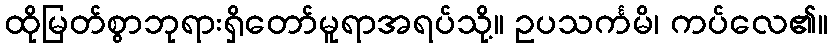
ထိုမြတ်စွာဘုရားရှိတော်မူရာအရပ်သို့။ ဥပသင်္ကမိ၊ ကပ်လေ၏။